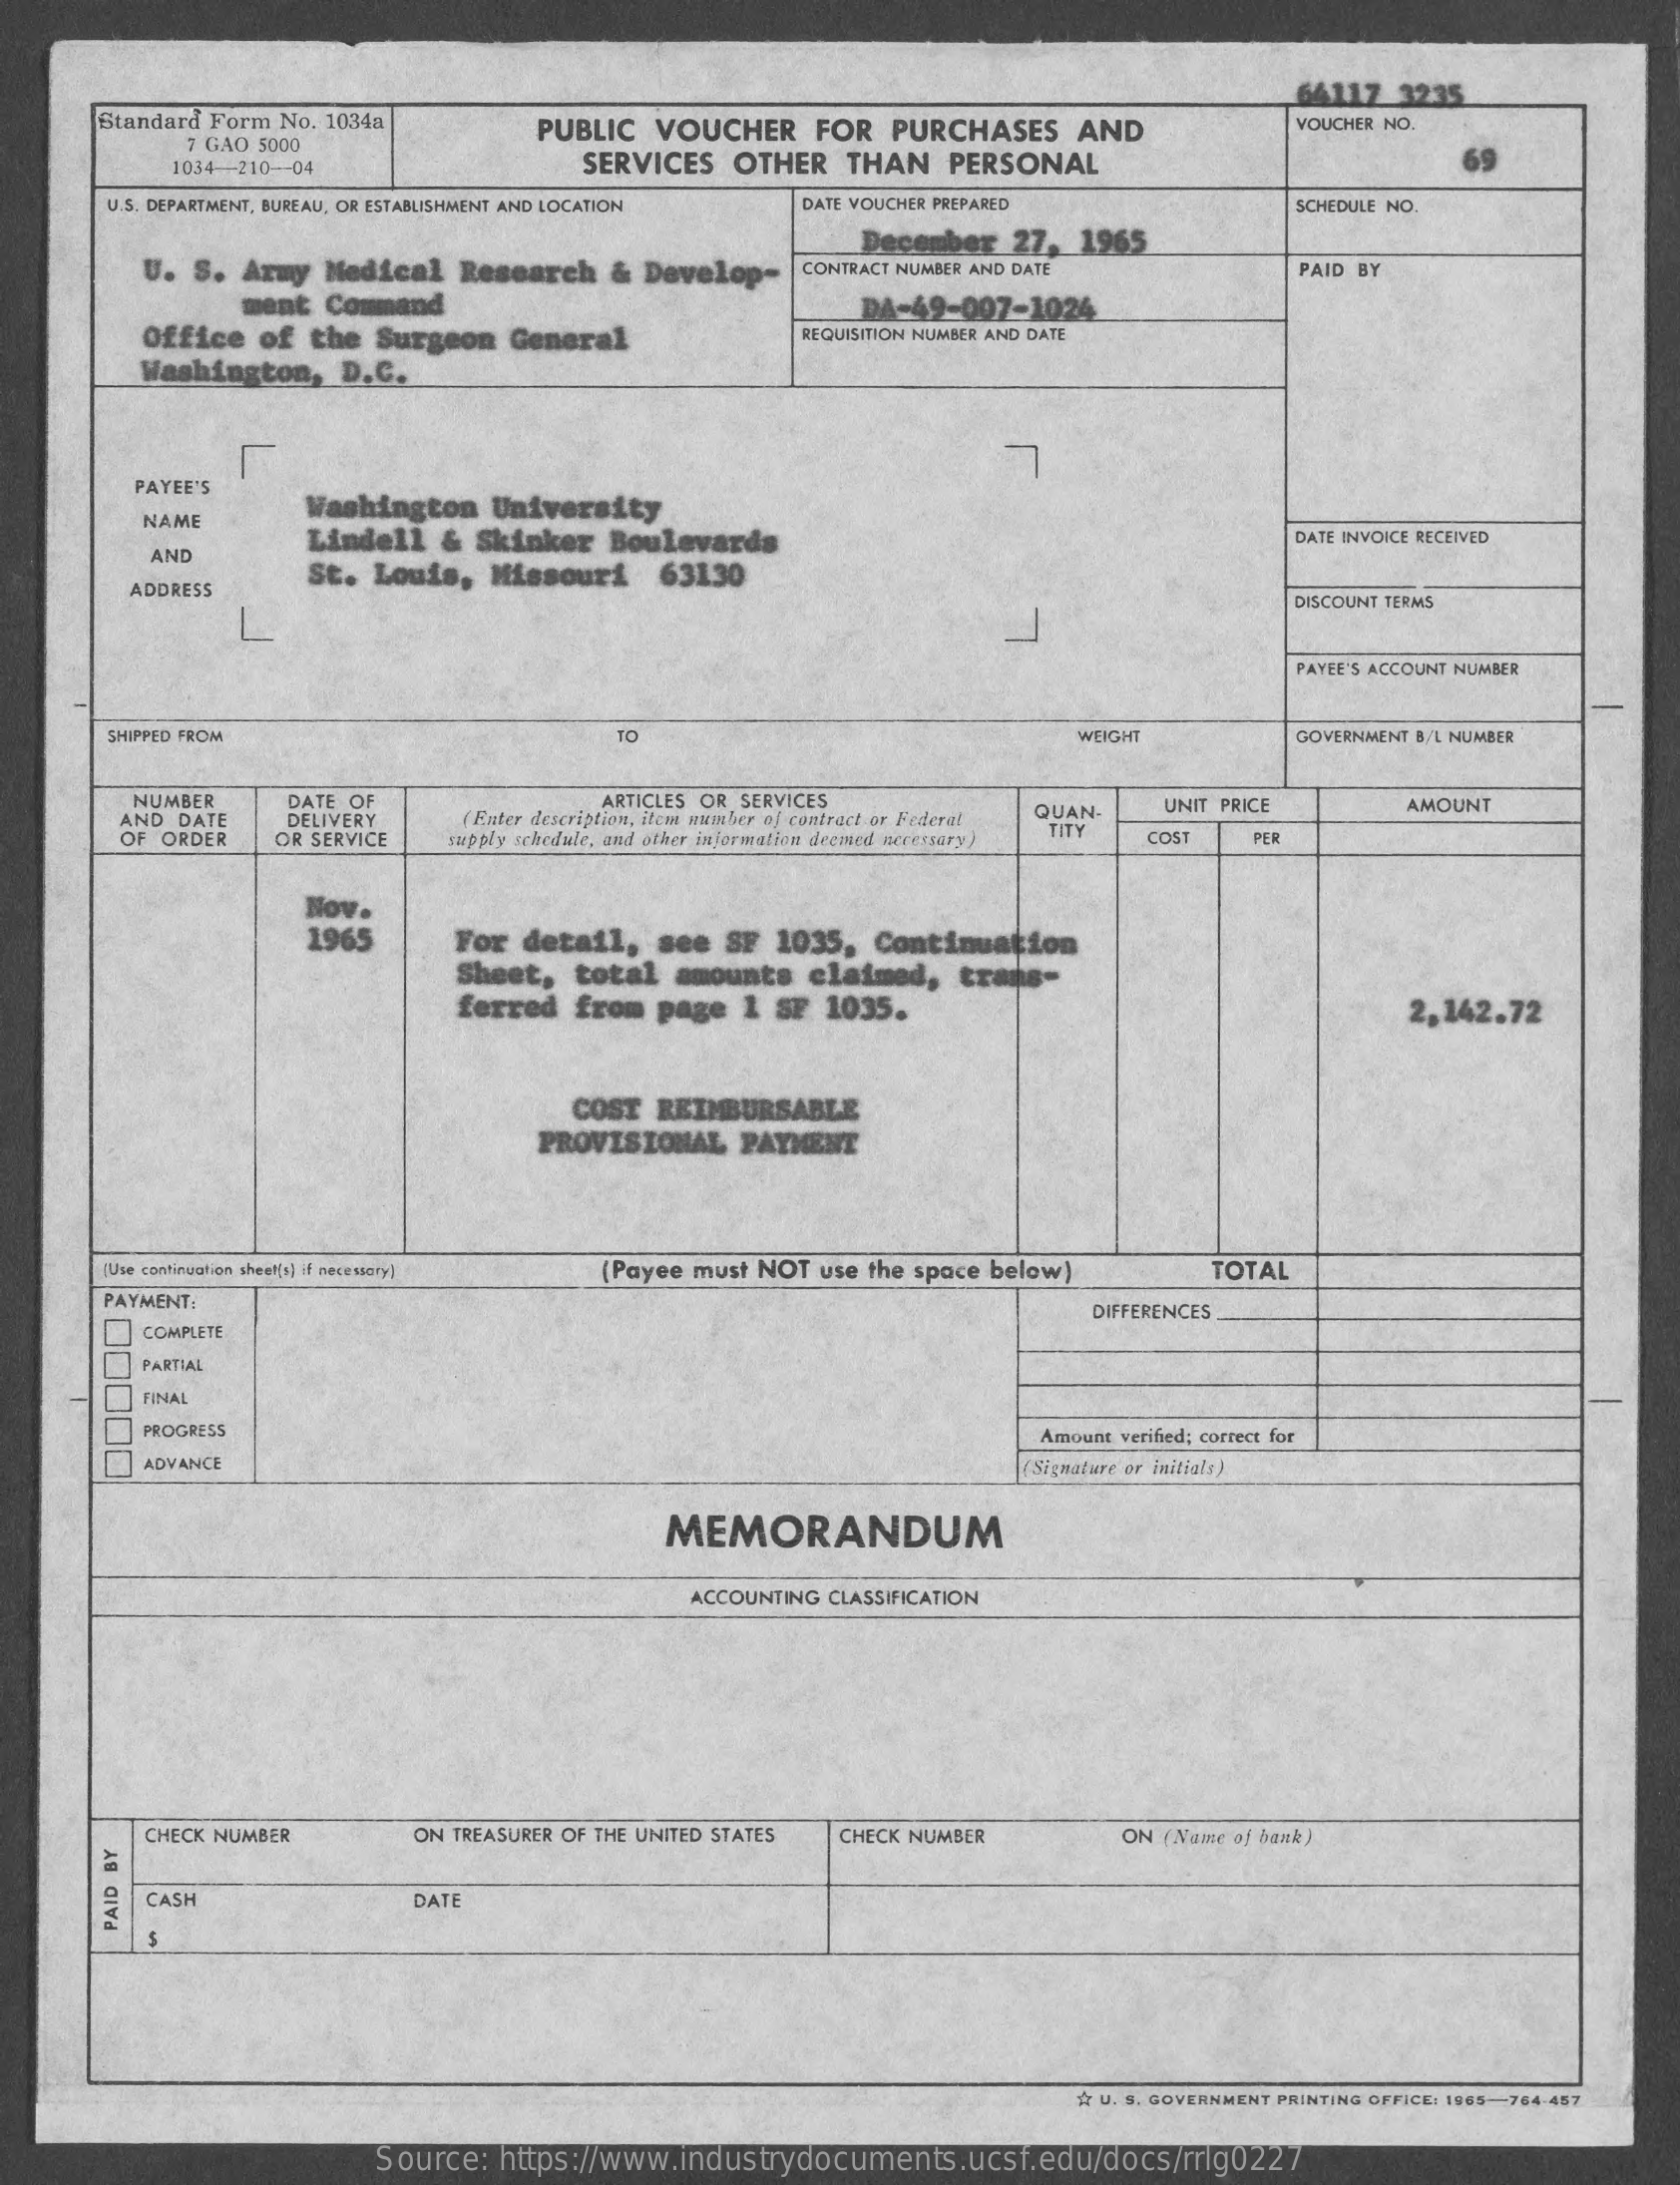
64117 3235
     Standard Form No. 1034a
     7 GAO 5000
     PUBLIC VOUCHER   FOR PURCHASES   AND    VOUCHER NO.
     1034 -- 210-04    SERVICES OTHER  THAN  PERSONAL
     U.S. DEPARTMENT, BUREAU, OR ESTABLISHMENT AND LOCATION DATE VOUCHER PREPARED SCHEDULE NO.
     U. S. Army Medical Research & Develop-
     December 27, 1965
     CONTRACT NUMBER AND DATE    PAID BY
     ment Command
     Office of the Surgeon General
     DA-49-007-1024
     REQUISITION NUMBER AND DATE
     Washington, D.C.
     PAYEE'S
     Washington University
     NAME
     Lindell & Skinker Boulevards    DATE INVOICE RECEIVED
     AND
     St. Louis, Missouri  63130
     ADDRESS
     J
     DISCOUNT TERMS
     PAYEE'S ACCOUNT NUMBER
     SHIPPED FROM    TO    WEIGHT    GOVERNMENT B/L NUMBER
     NUMBER   DATE OF    ARTICLES OR SERVICES
     AND DATE  DELIVERY  ( Enter description, item number of contract or Federal QUAN- UNIT PRICE AMOUNT
     OF ORDER  OR SERVICE supply schedule, and other information deemed necessary)
     TITY  COST  PER
     Nov.
     1965    For detail, see SF 1035, Continuation
     Sheet, total amounts  claimed, trans-
     ferred from page 1 SF 1035.    2,142.72
     COST REIMBURSABLE
     PROVISIONAL PAYMENT
     (Use continuation sheet[+] if necestory] (Payee must NOT use the space below) TOTAL
     PAYMENT:    DIFFERENCES
     COMPLETE
     PARTIAL
     FINAL
     PROGRESS    Amount verified; correct for
     ADVANCE    Signature or initials)
     MEMORANDUM
     ACCOUNTING CLASSIFICATION
     CHECK NUMBER    ON TREASURER OF THE UNITED STATES CHECK NUMBER ON (Name of bank )
     CASH    DATE
     PAID
     BY
     A U. S. GOVERNMENT PRINTING OFFICE: 1965-764-457
     Source: https://www.industrydocuments.ucsf.edu/docs/rrlg0227